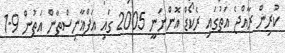
ކުރިން ރާއްޖެ އަތުގައި ރެކޯޑް އޮންނަނީ 2005 ގައި އަފްޣާނިސްތާން އަތުން 9-1